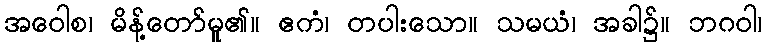
အဝေါစ၊ မိန့်တော်မူ၏။ ဧကံ၊ တပါးသော။ သမယံ၊ အခါ၌။ ဘဂဝါ၊